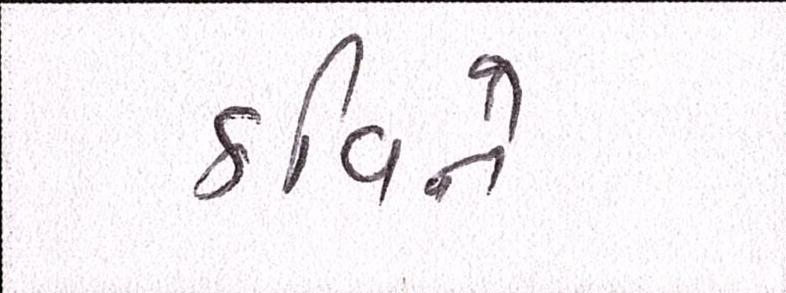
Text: કવિને